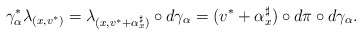
\begin{align*} \gamma_\alpha^*\lambda_{(x,v^*)}=\lambda_{(x,v^*+\alpha_x^\sharp)}\circ d\gamma_\alpha=(v^*+\alpha_x^\sharp)\circ d\pi\circ d\gamma_\alpha . \end{align*}